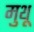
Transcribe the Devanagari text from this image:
मुथू